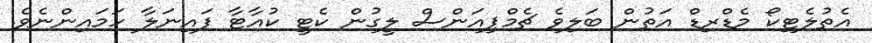
އެތުލެޓިކޯ މެޑްރިޑް އަތުން ބަލިވެ ޗެމްޕިއަންސް ލީގުން ކެޓީ ކުއާޓާ ފައިނަލާ ހަމައިންނެވެ.